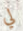
لي